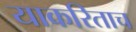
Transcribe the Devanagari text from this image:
याकरिताच